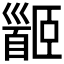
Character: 𩠡